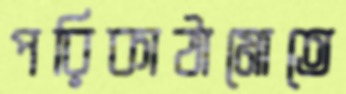
পরিকাঠামোতে